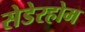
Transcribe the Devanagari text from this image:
सेडेरहोम